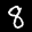
Label: 8